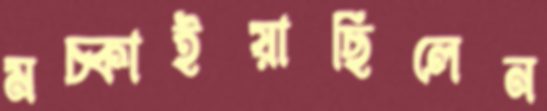
মচ্‌কাইয়াছিলেন